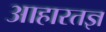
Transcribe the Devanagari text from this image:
आहारतज्ञ